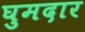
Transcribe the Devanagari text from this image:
घुमदार